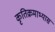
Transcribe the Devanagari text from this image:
कृतिक्रमाभ्यास